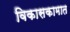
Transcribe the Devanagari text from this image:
विकासकामात